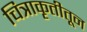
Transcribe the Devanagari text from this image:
चित्राकृतीतून